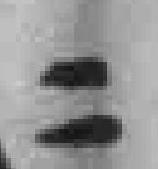
二